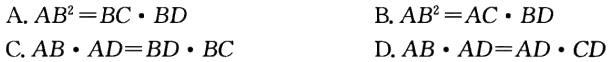
A. \(AB^{2}=BC\cdot BD\)

B. \(AB^{2}=AC\cdot BD\)

C. \(AB\cdot AD = BD\cdot BC\)

D. \(AB\cdot AD=AD\cdot CD\)